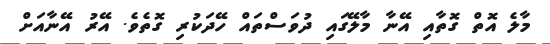
މާލެ އޮތް ގޮތާއި އޭނާ މާލޭގައި ދުވަސްތައް ހޭދަކުރި ގޮތެވެ. އޭރު އޭނާއަށް